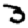
Digit: 3